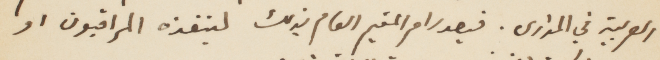
العربية في المدارس، فيصدر امر المقيم العام بذلك لينفذه المراقبون او